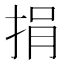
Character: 捐